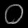
Digit: ၀